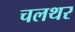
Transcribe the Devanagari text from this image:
चलथर